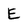
Character: E